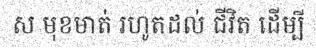
ស មុខមាត់ រហូតដល់ ជីវិត ដើម្បី